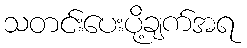
သတင်းပေးပို့ချက်အရ